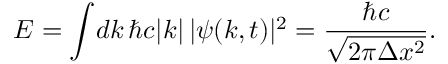
E = \int \! d k \, \hbar c | k | \, | \psi ( k , t ) | ^ { 2 } = \frac { \hbar c } { \sqrt { 2 \pi \Delta x ^ { 2 } } } .